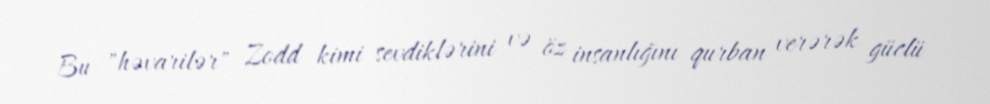
Bu "həvarilər" Zodd kimi sevdiklərini və öz insanlığını qurban verərək güclü